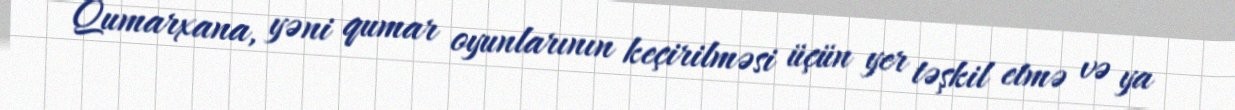
Qumarxana, yəni qumar oyunlarının keçirilməsi üçün yer təşkil etmə və ya